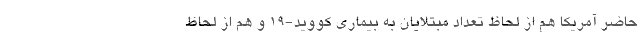
حاضر آمریکا هم از لحاظ تعداد مبتلایان به بیماری کووید-۱۹ و هم از لحاظ